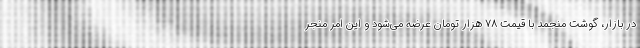
در بازار، گوشت منجمد با قیمت ۷۸ هزار تومان عرضه می‌شود و این امر منجر